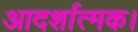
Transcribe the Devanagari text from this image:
आदर्शात्मक।